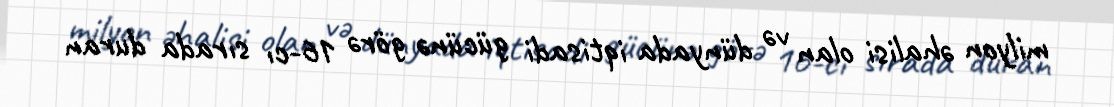
milyon əhalisi olan və dünyada iqtisadi gücünə görə 16-cı sırada duran